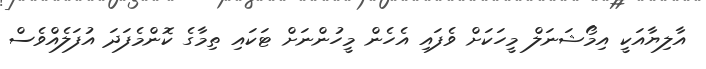
އާލިޔާއަކީ އިމޯޝަނަލް މީހަކަށް ވެފައި އެހެން މީހުންނަށް ޓަކައި ތިމާގެ ކޮންމެފަދަ އުފަލެއްވެސް